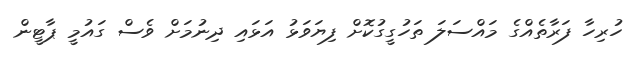
ހުރިހާ ފަރާތެއްގެ މައްސަލަ ތަހުގީގުކޮށް ފިޔަވަޅު އަޅައި ދިނުމަށް ވެސް ގައުމީ ޕާޓީން